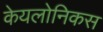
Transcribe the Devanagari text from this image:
केयलोनिकस